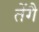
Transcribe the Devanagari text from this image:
तेंगै